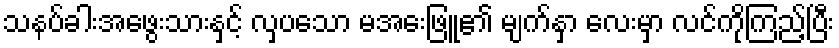
သနပ်ခါးအဖွေးသားနှင့် လှပသော မအေးဖြူ၏ မျက်နှာ လေးမှာ လင်ကိုကြည့်ပြီး